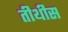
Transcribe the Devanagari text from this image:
तीथीस